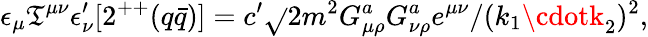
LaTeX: \epsilon_{\mu}\mathfrak{T}^{\mu\nu}\epsilon_{\nu}^{\prime}[2^{++}(q\bar{{q}})]=c^{\prime}\sqrt{}{{2}}m^{2}G_{\mu\rho}^{a}G_{\nu\rho}^{a}e^{\mu\nu}/(k_{1}\cdotk_{2})^{2},